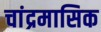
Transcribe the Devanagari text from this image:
चांद्रमासिक